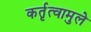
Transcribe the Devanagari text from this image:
कर्तृत्वामुले